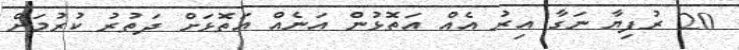
20 ރުފިޔާ ނަގާ އިރު އެއް އަތޮޅުން އަނެއް އަތޮޅަށް ދަތުރު ކުރުމަށް